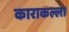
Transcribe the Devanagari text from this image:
काराकल्ला